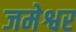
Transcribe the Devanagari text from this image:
जमेश्वर